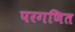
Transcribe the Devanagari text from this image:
परगणित